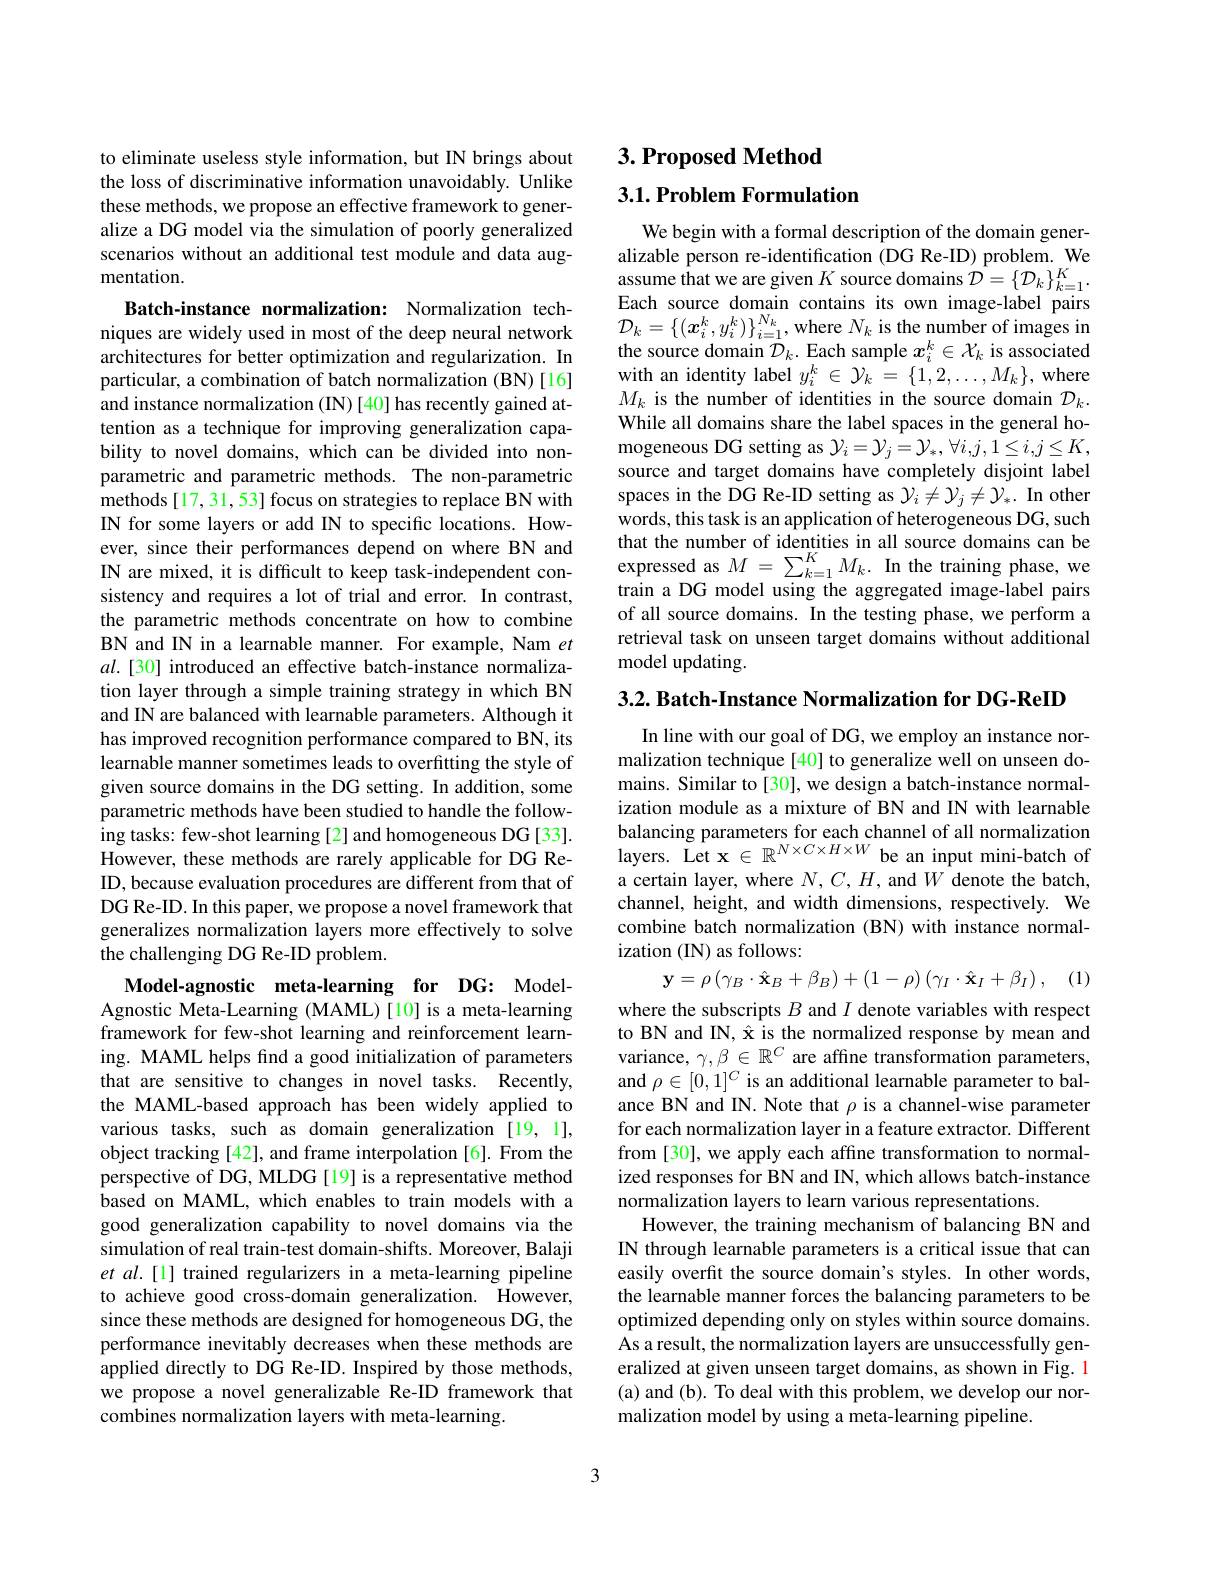
to eliminate useless style information, but IN brings about the loss of discriminative information unavoidably. Unlike these methods, we propose an effective framework to generalize a DG model via the simulation of poorly generalized scenarios without an additional test module and data augmentation

Batch-instance normalization: Normalization techniques are widely used in most of the deep neural network architectures for better optimization and regularization. In particular, a combination of batch normalization (BN)[16] and instance normalization (IN) [40] has recently gained attention as a technique for improving generalization capability to novel domains, which can be divided into nonparametric and parametric methods. The non-parametric methods [17,31,53] focus on strategies to replace BN with IN for some layers or add IN to specific locations. However, since their performances depend on where BN and IN are mixed, it is difficult to keep task-independent consistency and requires a lot of trial and error. In contrast, the parametric methods concentrate on how to combine BN and IN in a learnable manner. For example, Nam $et$ $al.[30]$ introduced an effective batch-instance normalization layer through a simple training strategy in which BN and IN are balanced with learnable parameters. Although it has improved recognition performance compared to BN, its learnable manner sometimes leads to overfitting the style of given source domains in the DG setting. In addition, some parametric methods have been studied to handle the following tasks: few-shot learning [2] and homogeneous DG [33]. However, these methods are rarely applicable for DG ReID, because evaluation procedures are different from that of DG Re-ID. In this paper, we propose a novel framework that generalizes normalization layers more effectively to solve the challenging DG Re-ID problem.
Model-agnostic meta-learning for DG: ModelAgnostic Meta-Learning (MAML)[10] is a meta-learning

framework for few-shot learning and reinforcement learning. MAML helps find a good initialization of parameters that are sensitive to changes in novel tasks. Recently, the MAML-based approach has been widely applied to various tasks, such as domain generalization [19, 1], object tracking [42], and frame interpolation [6]. From the perspective of DG, MLDG [19] is a representative method based on MAML, which enables to train models with a good generalization capability to novel domains via the simulation of real train-test domain-shifts. Moreover, Balaji et al.[1] trained regularizers in a meta-learning pipeline to achieve good cross-domain generalization. However, since these methods are designed for homogeneous DG, the performance inevitably decreases when these methods are applied directly to DG Re-ID. Inspired by those methods, we propose a novel generalizable Re-ID framework that combines normalization layers with meta-learning.

# 3. Proposed Method $3. 1. \textbf{Problem Formulation}$

We begin with a formal description of the domain generalizable person re-identification (DG Re-ID) problem. We assume that we are given $K$ source domains $\mathcal{D}=\{\mathcal{D}_k\}_{k=1}^K.$ Each source domain contains its own image-label pairs $\mathcal{D}_{k}=\{(\boldsymbol{x}_{i}^{k},y_{i}^{k})\}_{i=1}^{N_{k}}$,where $N_k$ is the number of images in the source domain $\mathcal{D}_k.$ Each sample $x_i^k\in\mathcal{X}_k$ is associated with an identity label $y_i^k\in\mathcal{Y}_k=\{1,2,\ldots,M_k\}$, where $M_k$ is the number of identities in the source domain $\mathcal{D}_k.$ While all domains share the label spaces in the general ho- ${\mathrm{mogeneous~DG~setting~as~}}\mathcal{Y} _{i}= \mathcal{Y} _{j}= \mathcal{Y} _{* }$, $\forall i, j, 1\leq i, j\leq K$, source and target domains have completely disjoint label spaces in the DG Re-ID setting as $\mathcal{Y}_i\neq\mathcal{Y}_j\neq\mathcal{Y}_*.$ In other words, this task is an application of heterogeneous DG, such that the number of identities in all source domains can be expressed as $M=\sum_{k=1}^KM_k.$ In the training phase, we train a DG model using the aggregated image-label pairs of all source domains. In the testing phase, we perform a retrieval task on unseen target domains without additional model updating.

3.2. Batch-Instance Normalization for DG-ReID

In line with our goal of DG, we employ an instance normalization technique [40] to generalize well on unseen domains. Similar to[30], we design a batch-instance normalization module as a mixture of BN and IN with learnable balancing parameters for each channel of all normalization layers. Let x $\in\mathbb{R}^N\times C\times H\times W$ be an input mini-batch of a certain layer, where $N,C,H$, and $W$ denote the batch, channel, height, and width dimensions, respectively. We combine batch normalization (BN) with instance normalization (IN) as follows:
$$\mathbf{y}=\rho\left(\gamma_{B}\cdot\hat{\mathbf{x}}_{B}+\beta_{B}\right)+\left(1-\rho\right)\left(\gamma_{I}\cdot\hat{\mathbf{x}}_{I}+\beta_{I}\right),$$
(1)

where the subscripts $B$ and $I$ denote variables with respect to BN and IN, Ê is the normalized response by mean and variance, $\gamma,\beta\in\mathbb{R}^C$ are affine transformation parameters, and $\rho\in[0,1]^{C}$ is an additional learnable parameter to balance BN and IN. Note that $\rho$ is a channel-wise parameter for each normalization layer in a feature extractor. Different from [30], we apply each affine transformation to normalized responses for BN and IN, which allows batch-instance normalization layers to learn various representations.
However, the training mechanism of balancing BN and IN through learnable parameters is a critical issue that can easily overfit the source domain's styles. In other words, the learnable manner forces the balancing parameters to be optimized depending only on styles within source domains. As a result, the normalization layers are unsuccessfully generalized at given unseen target domains, as shown in Fig. 1 (a) and (b). To deal with this problem, we develop our normalization model by using a meta-learning pipeline.

3